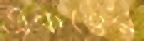
একত্বের